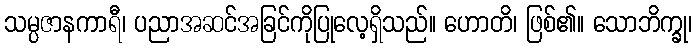
သမ္ပဇာနကာရီ၊ ပညာအဆင်အခြင်ကိုပြုလေ့ရှိသည်။ ဟောတိ၊ ဖြစ်၏။ သောဘိက္ခု၊